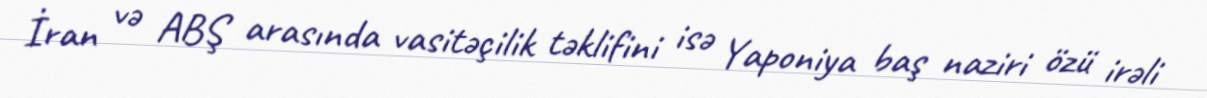
İran və ABŞ arasında vasitəçilik təklifini isə Yaponiya baş naziri özü irəli